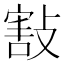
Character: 㪡